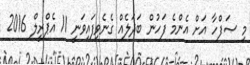
މި ޞަފްހާ އަށް އެންމެ ފަހުން ބަދަލެއް ގެނެވިފައިވަނީ 11 އެޕްރީލް 2016